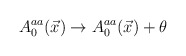
\begin{align*}A_0^{aa}(\vec x)\rightarrow A_0^{aa}(\vec x)+\theta\end{align*}